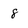
Character: 8